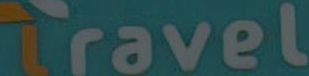
Travel